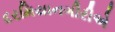
દરમિયાનગીરીએ